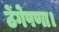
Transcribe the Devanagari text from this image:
ठेंगेपणा।